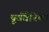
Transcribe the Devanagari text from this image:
पूर्ववैरिणा